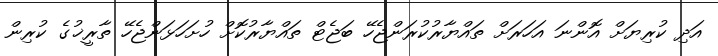
އަދި ކުރިޔަށް އޮންނަ އަހަރަށް ތައްޔާރުކުރަންޖެހޭ ބަޖެޓް ތައްޔާރުކޮށް ހުށަހަޅަންޖެހޭ ތާރީޚުގެ ކުރިން